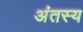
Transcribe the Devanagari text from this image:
अंतस्य